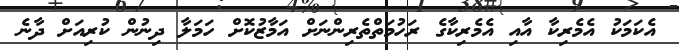
އެކަމަކު އެމެރިކާ އާއި އެމެރިކާގެ ރަހުމަތްތެރިންނަށް އަމާޒުކޮށް ހަމަލާ ދިނުން ކުރިއަށް ދާނެ